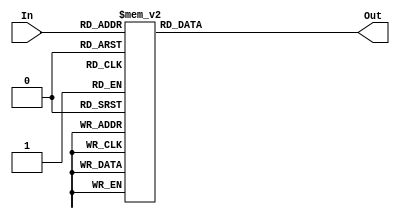
/* Decodificador  binario para display 7 segmentos */

module decoder7 (
	input wire [3:0] In,
	output reg [6:0] Out  ); //,
	//input clock);
   
	
	//always@(posedge clock)
	always @(*)	
		case (In)
			4'b0000 : Out = ~7'b0111111; 
			4'b0001 : Out = ~7'b0000110;
			4'b0010 : Out = ~7'b1011011; 
			4'b0011 : Out = ~7'b1001111; 

			4'b0100 : Out = ~7'b1100110; 
			4'b0101 : Out = ~7'b1101101; 
			4'b0110 : Out = ~7'b1111101; 
			4'b0111 : Out = ~7'b0000111; 
 
			4'b1000 : Out = ~7'b1111111; 
			4'b1001 : Out = ~7'b1101111;
			4'b1010 : Out = ~7'b1110111; 
			4'b1011 : Out = ~7'b1111100; 

			4'b1100 : Out = ~7'b0111001; 
			4'b1101 : Out = ~7'b1011110; 
			4'b1110 : Out = ~7'b1111001; 
			4'b1111 : Out = ~7'b1110001; 
	
			default : Out = ~7'b0000000;
		endcase
		
endmodule